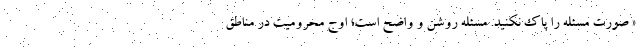
« صورت مسئله را پاک نکنید. مسئله روشن و واضح است؛ اوج محرومیت در مناطق